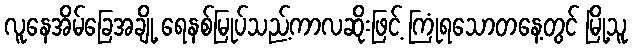
လူနေအိမ်ခြေအချို့ ရေနစ်မြုပ်သည့်ကာလဆိုးဖြင့် ကြုံရသောတနေ့တွင် မြို့သူ